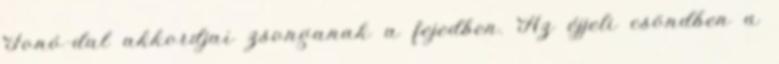
Fonó-dal akkordjai zsonganak a fejedben. Az éjjeli csöndben a